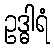
ဥဒ္ဓါရံ